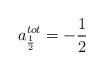
LaTeX: \begin{align*}a_{\frac 1 2}^{tot}=-\frac 12 \end{align*}